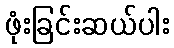
ဖုံးခြင်းဆယ်ပါး